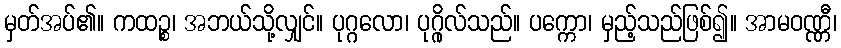
မှတ်အပ်၏။ ကထဉ္စ၊ အဘယ်သို့လျှင်။ ပုဂ္ဂလော၊ ပုဂ္ဂိုလ်သည်။ ပက္ကော၊ မှည့်သည်ဖြစ်၍။ အာမဝဏ္ဏီ၊